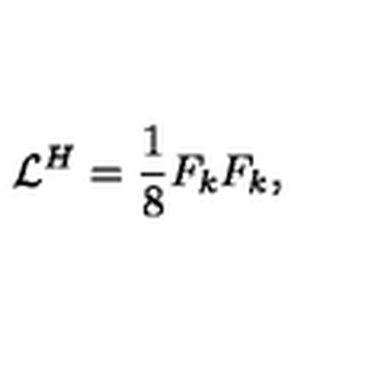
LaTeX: { \cal L } ^ { H } = \frac { 1 } { 8 } F _ { k } F _ { k } ,